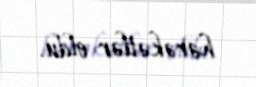
hərəkətlər oldu.